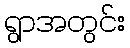
ရွာအတွင်း